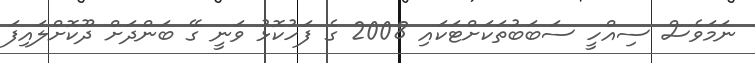
ނަމަވެސް ސިއްހީ ސަބަބުތަކަށްޓަކައި 2008 ގެ ފަހުކޮޅު ވަނީ ގޭ ބަންދަށް ދޫކޮށްލައިފަ